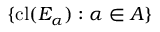
\{ \operatorname { c l } ( E _ { \alpha } ) : \alpha \in A \}